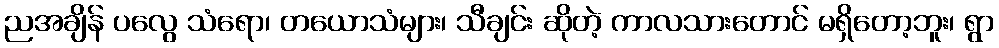
ညအချိန် ပလွေ သံရော၊ တယောသံများ၊ သီချင်း ဆိုတဲ့ ကာလသားတောင် မရှိတော့ဘူး၊ ရွာ